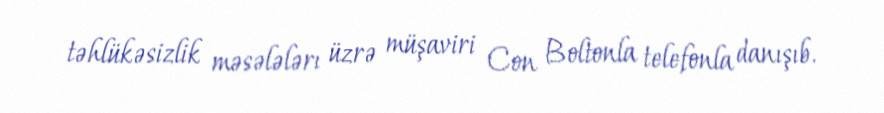
təhlükəsizlik məsələlərı üzrə müşaviri Con Boltonla telefonla danışıb.